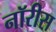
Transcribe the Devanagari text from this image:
नॉरीस